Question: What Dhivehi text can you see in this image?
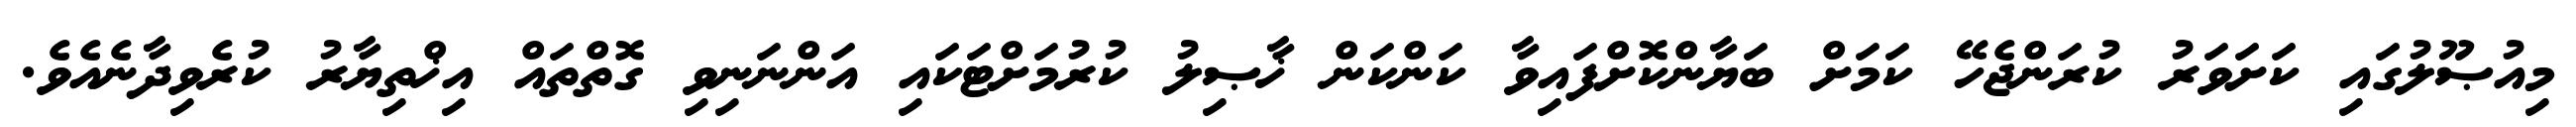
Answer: މިއުޞޫލުގައި ކަށަވަރު ކުރަންޖެހޭ ކަމަށް ބަޔާންކޮށްފައިވާ ކަންކަން ޚާޞިލު ކުރުމަށްޓަކައި އަންނަނިވި ގޮތްތައް އިޚްތިޔާރު ކުރެވިދާނެއެވެ.